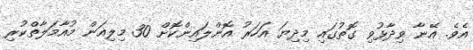
އެވެ. އޭނާ ވިދާޅުވި ގޮތުގައި މިދިޔަ އަހަރު އޮންލައިންކޮށް 30 މިލިއަން މުއާމަލާތްކުރި